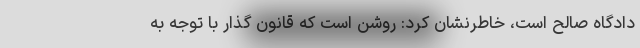
دادگاه صالح است، خاطرنشان کرد: روشن است که قانون گذار با توجه به